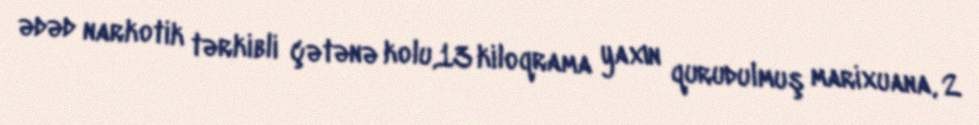
ədəd narkotik tərkibli çətənə kolu,13 kiloqrama yaxın qurudulmuş marixuana, 2